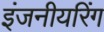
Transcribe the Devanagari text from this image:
इंजनीयरिंग